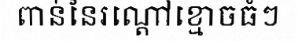
ពាន់នៃរណ្តៅខ្មោចធំៗ